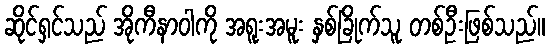
ဆိုင်ရှင်သည် အိုကီနာဝါကို အရူးအမူး နှစ်ခြိုက်သူ တစ်ဦးဖြစ်သည်။